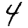
Digit: 4